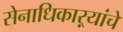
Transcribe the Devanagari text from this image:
सेनाधिकाऱ्यांचे